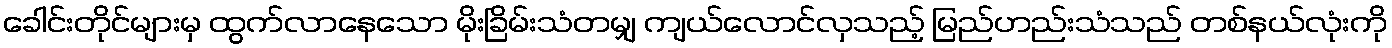
ခေါင်းတိုင်များမှ ထွက်လာနေသော မိုးခြိမ်းသံတမျှ ကျယ်လောင်လှသည့် မြည်ဟည်းသံသည် တစ်နယ်လုံးကို